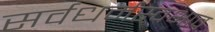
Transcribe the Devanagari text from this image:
सर्वधर्मस्वभाव